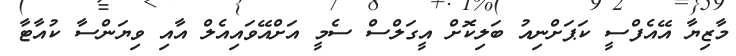
މާޒިޔާ އޭއެފްސީ ކަޕަށްނިއު ބަލިކޮށް އީގަލްސް ސެމީ އަށްއޭވައިއެލް އާއި ވިޔަންސާ ކުއާޓާ